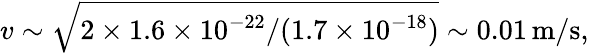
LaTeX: v\sim\sqrt{2\times 1.6\times 10^{-22}/(1.7\times 10^{-18})}\sim 0.01\, \mathrm{m/s},